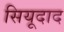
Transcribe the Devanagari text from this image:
सियूदाद